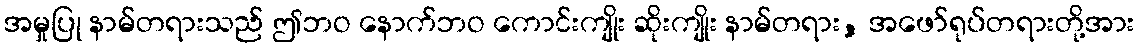
အမှုပြု နာမ်တရားသည် ဤဘဝ နောက်ဘဝ ကောင်းကျိုး ဆိုးကျိုး နာမ်တရား, အဖော်ရုပ်တရားတို့အား